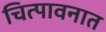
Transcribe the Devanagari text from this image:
चित्पावनात